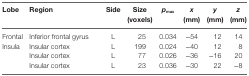
<table><thead><tr><td><b>Lobe</b></td><td><b>Region</b></td><td><b>Side</b></td><td><b>Size (voxels)</b></td><td><b><i>p</i><sub>max</sub></b></td><td><b><i>x</i> (mm)</b></td><td><b><i>y</i> (mm)</b></td><td><b><i>z</i> (mm)</b></td></tr></thead><tbody><tr><td>Frontal</td><td>Inferior frontal gyrus</td><td>L</td><td>25</td><td>0.034</td><td>−54</td><td>12</td><td>14</td></tr><tr><td rowspan="3">Insula</td><td>Insular cortex</td><td>L</td><td>199</td><td>0.024</td><td>−40</td><td>12</td><td>8</td></tr><tr><td>Insular cortex</td><td>L</td><td>77</td><td>0.026</td><td>−36</td><td>−16</td><td>20</td></tr><tr><td>Insular cortex</td><td>L</td><td>23</td><td>0.036</td><td>−30</td><td>22</td><td>−8</td></tr></tbody></table>